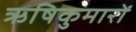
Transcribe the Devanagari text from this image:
ऋषिकुमारों